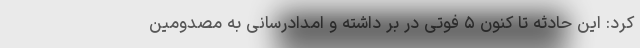
کرد: این حادثه تا کنون ۵ فوتی در بر داشته و امدادرسانی به مصدومین